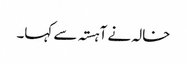
خالہ نے آہستہ سے کہا۔